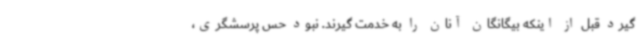
گیرد قبل از اینکه بیگانگان آنان را به خدمت گیرند. نبود حس پرسشگری،